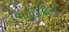
માલિકીનો